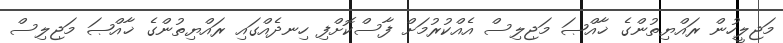
މަޖިލީހުން ރައްޔިތުންގެ ޚާއްޞަ މަޖިލިސް އެއްކުރުމަށް ފާސްކޮށްފި ހިނދެއްގައި ރައްޔިތުންގެ ޚާއްޞަ މަޖިލިސް